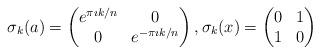
LaTeX: \begin{align*}\sigma_k(a)=\begin{pmatrix} e^{\pi\imath k/n} & 0 \\ 0 & e^{- \pi \imath k/n}\end{pmatrix} ,\sigma_k(x)= \begin{pmatrix} 0 & 1 \\ 1 & 0\end{pmatrix}\end{align*}